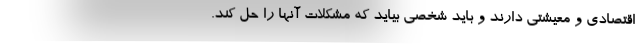
اقتصادی و معیشتی دارند و باید شخصی بیاید که مشکلات آنها را حل کند.